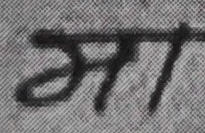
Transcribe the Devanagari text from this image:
आ